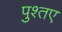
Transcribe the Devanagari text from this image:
पुश्तए